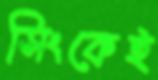
সিংকেই